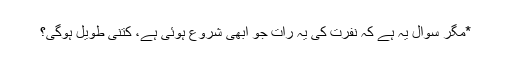
*مگر سوال یہ ہے کہ نفرت کی یہ رات جو ابھی شروع ہوئی ہے، کتنی طویل ہوگی؟